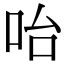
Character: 咍